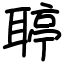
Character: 聤